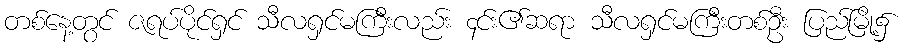
တစ်နေ့တွင် ဇရပ်ပိုင်ရှင် သီလရှင်မကြီးလည်း ၄င်း၏ဆရာ သီလရှင်မကြီးတစ်ဦး ပြည်မြို့၌